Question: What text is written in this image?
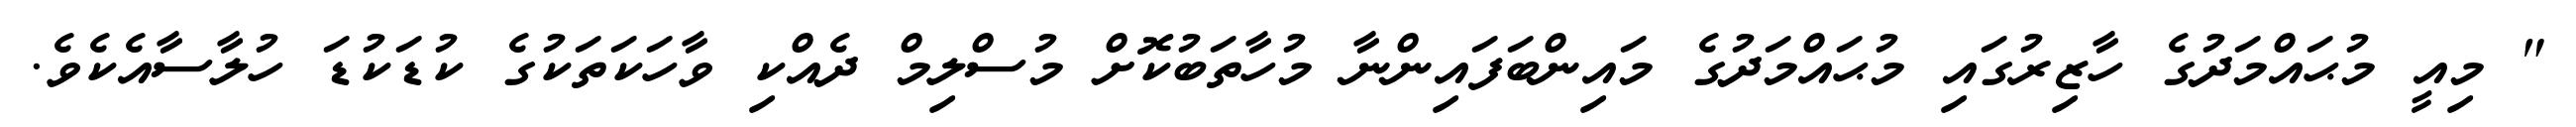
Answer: " މިއީ މުޙައްމަދުގެ ހާޒިރުގައި މުޙައްމަދުގެ މައިންބަފައިންނާ މުހާތަބުކޮށް މުސްލިމް ދެއްކި ވާހަކަތަކުގެ ކުޑަކުޑަ ހުލާސާއެކެވެ.